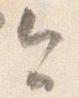
今